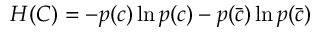
H ( C ) = - p ( c ) \ln p ( c ) - p ( \bar { c } ) \ln p ( \bar { c } )